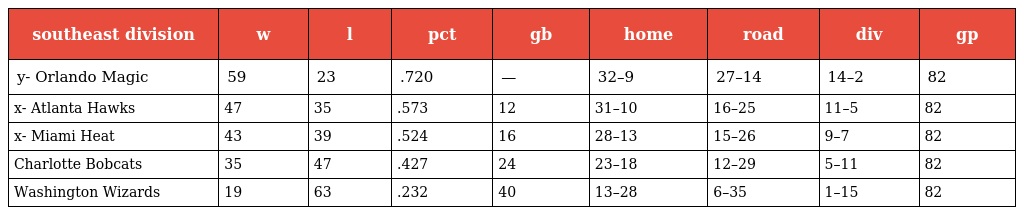
| southeast division | w | l | pct | gb | home | road | div | gp |
 | --- | --- | --- | --- | --- | --- | --- | --- | --- |
 | y- Orlando Magic | 59 | 23 | .720 | — | 32–9 | 27–14 | 14–2 | 82 |
 | x- Atlanta Hawks | 47 | 35 | .573 | 12 | 31–10 | 16–25 | 11–5 | 82 |
 | x- Miami Heat | 43 | 39 | .524 | 16 | 28–13 | 15–26 | 9–7 | 82 |
 | Charlotte Bobcats | 35 | 47 | .427 | 24 | 23–18 | 12–29 | 5–11 | 82 |
 | Washington Wizards | 19 | 63 | .232 | 40 | 13–28 | 6–35 | 1–15 | 82 |